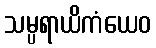
သမ္ပရာယိကံယေဝ